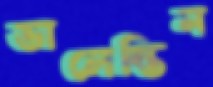
ভালেন্তিন